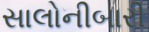
સાલોનીબારી